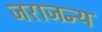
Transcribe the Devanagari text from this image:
जराजन्य